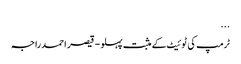
...
ٹرمپ کی ٹوئیٹ کے مثبت پہلو - قیصر احمد راجہ